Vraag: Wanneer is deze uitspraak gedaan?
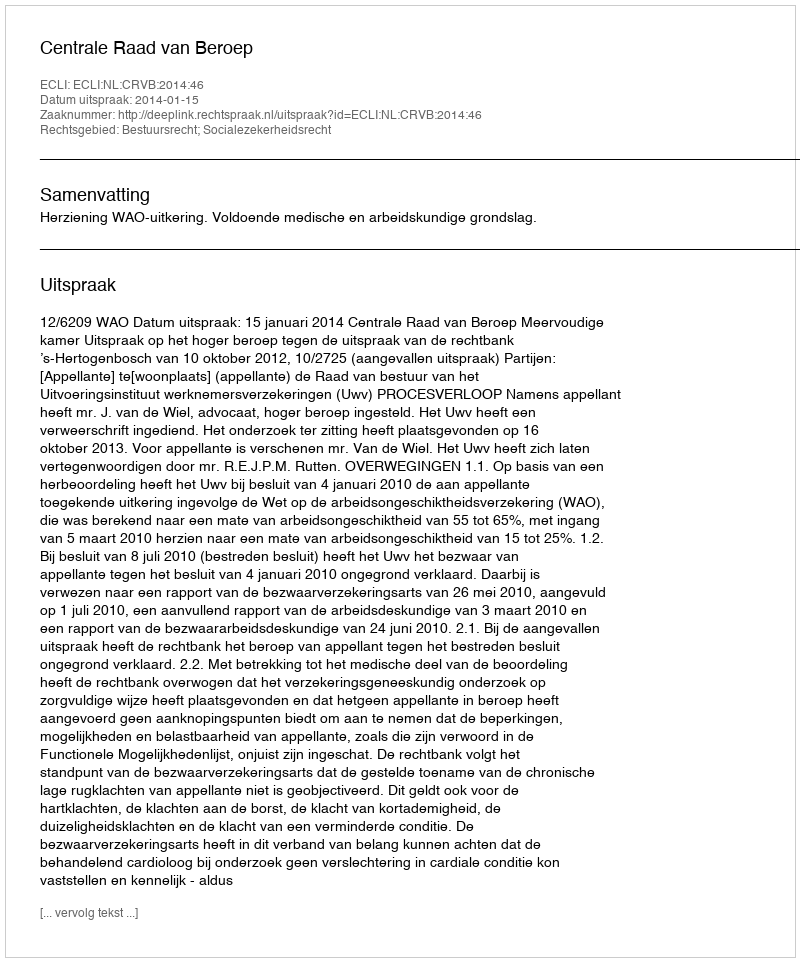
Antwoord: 2014-01-15